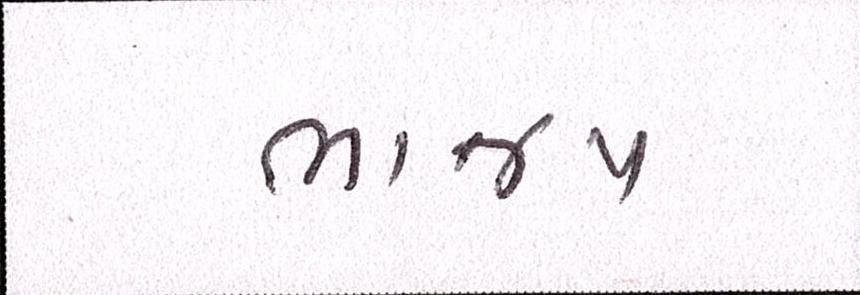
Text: ભાજપ